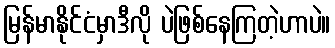
မြန်မာနိုင်ငံမှာဒီလို ပဲဖြစ်နေကြတဲ့ဟာပဲ။